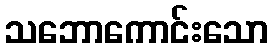
သဘောကောင်းသော